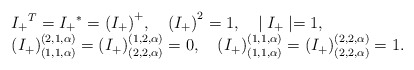
\begin{align*}\begin{array}{l}{I_{+}}^{T}={I_{+}}^{*}={(I_{+})}^{+}, \quad {(I_{+})}^{2}=1, \quad\mid I_{+}\mid=1, \\({I_{+}})^{(2,1,\alpha)}_{(1,1,\alpha)} =({I_{+}})^{(1,2,\alpha)}_{(2,2,\alpha)}=0, \quad({I_{+}})^{(1,1,\alpha)}_{(1,1,\alpha)} =({I_{+}})^{(2,2,\alpha)}_{(2,2,\alpha)}=1.\end{array}\end{align*}